Civil Veterinary Dept. Bombay admin report 1914-1922 - 1914-1922
Year: 1914
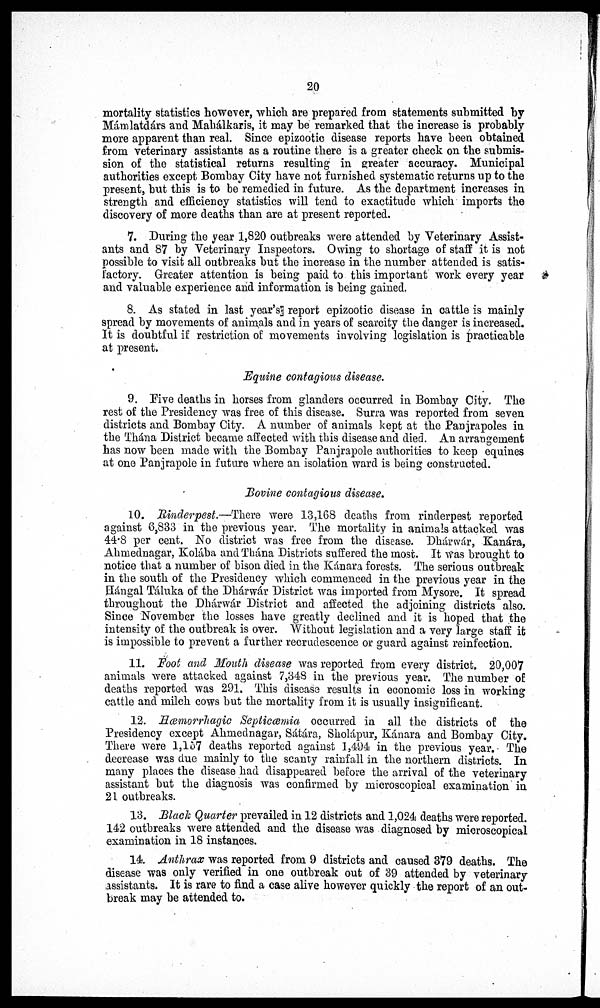
20
mortality statistics however, which are prepared from statements submitted by
Mámlátdárs and Mahálkaris, it may be remarked that the increase is probably
more apparent than real. Since epizootic disease reports have been obtained
from veterinary assistants as a routine there is a greater check on the submis-
sion of the statistical returns resulting in greater accuracy. Municipal
authorities except Bombay City have not furnished systematic returns up to the
present, but this is to be remedied in future. As the department increases in
strength and efficiency statistics will tend to exactitude which imports the
discovery of more deaths than are at present reported.
7. During the year 1,820 outbreaks were attended by Veterinary Assist-
ants and 87 by Veterinary Inspectors. Owing to shortage of staff it is not
possible to visit all outbreaks but the increase in the number attended is satis-
factory. Greater attention is being paid to this important work every year
and valuable experience and information is being gained.
8. As stated in last year's report epizootic disease in cattle is mainly
spread by movements of animals and in years of scarcity the danger is increased.
It is doubtful if restriction of movements involving legislation is practicable
at present.
Equine contagious disease.
9. Five deaths in horses from glanders occurred in Bombay City. The
rest of the Presidency was free of this disease. Surra was reported from seven
districts and Bombay City. A number of animals kept at the Panjrapoles in
the Thána District became affected with this disease and died. An arrangement
has now been made with the Bombay Panjrapole authorities to keep equines
at one Panjrapole in future where an isolation ward is being constructed.
Bovine contagious disease.
10. Rinderpest.—There were 13,168 deaths from rinderpest reported
against 6,833 in the previous year. The mortality in animals attacked was
44.8 per cent. No district was free from the disease. Dhárwár, Kanára,
Ahmednagar, Kolába and Thána Districts suffered the most. It was brought to
notice that a number of bison died in the Kánara forests. The serious outbreak
in the south of the Presidency which commenced in the previous year in the
Hángal Táluka of the Dhárwár District was imported from Mysore. It spread
throughout the Dhárwár District and affected the adjoining districts also.
Since November the losses have greatly declined and it is hoped that the
intensity of the outbreak is over. Without legislation and a very large staff it
is impossible to prevent a further recrudescence or guard against reinfection.
11. Foot and Mouth disease was reported from every district. 20,007
animals were attacked against 7,348 in the previous year. The number of
deaths reported was 291. This disease results in economic loss in working
cattle and milch cows but the mortality from it is usually insignificant.
12. Hæmorrhagic Septicæmia occurred in all the districts of the
Presidency except Ahmednagar, Sátára, Sholápur, Kánara and Bombay City.
There were 1,157 deaths reported against 1,494 in the previous year. The
decrease was due mainly to the scanty rainfall in the northern districts. In
many places the disease had disappeared before the arrival of the veterinary
assistant but the diagnosis was confirmed by microscopical examination in
21 outbreaks.
13. Black Quarter prevailed in 12 districts and 1,024 deaths were reported.
142 outbreaks were attended and the disease was diagnosed by microscopical
examination in 18 instances.
14. Anthrax was reported from 9 districts and caused 379 deaths. The
disease was only verified in one outbreak out of 39 attended by veterinary
assistants. It is rare to find a case alive however quickly the report of an out-
break may be attended to.